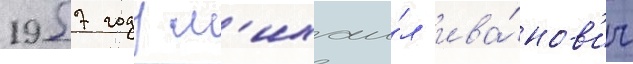
1957 году м'ихаи́л ива́нов'ич